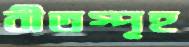
বীতস্পৃহ